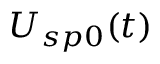
U _ { s p 0 } ( t )